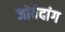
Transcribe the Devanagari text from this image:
जोवेदांग